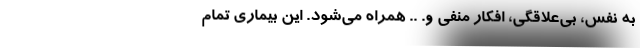
به نفس، بی‌علاقگی، افکار منفی و. .. همراه می‌شود. این بیماری تمام